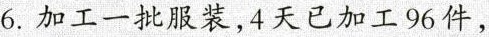
6.加工一批服装，4天已加工96件，